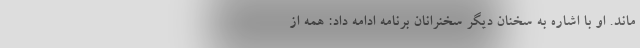
ماند. او با اشاره به سخنان دیگر سخنرانان برنامه ادامه داد: همه از